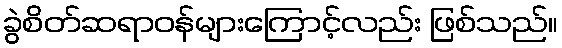
ခွဲစိတ်ဆရာဝန်များကြောင့်လည်း ဖြစ်သည်။